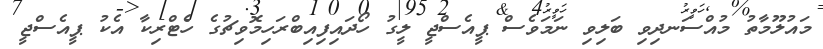
މައުލޫމާތު މުއްސަނދިވި ބަލިވި ނަމަވެސް ޕީއެސްޖީ ލީގު ހޯދައިފިއިބްރަހިމޮވިޗުގެ ހެޓްރިކާ އެކު ޕީއެސްޖީ